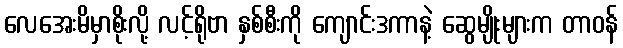
လေအေးမိမှာစိုးလို့ လင့်ရိုဗာ နှစ်စီးကို ကျောင်းဒကာနဲ့ ဆွေမျိုးများက တာဝန်